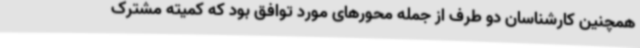
همچنین کارشناسان دو طرف از جمله محورهای مورد توافق بود که کمیته مشترک